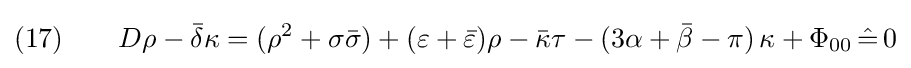
(17)\qquad D\rho -{\bar {\delta }}\kappa =(\rho ^{2}+\sigma {\bar {\sigma }})+(\varepsilon +{\bar {\varepsilon }})\rho -{\bar {\kappa }}\tau -(3\alpha +{\bar {\beta }}-\pi )\,\kappa +\Phi _{00}\,{\hat {=}}\,0